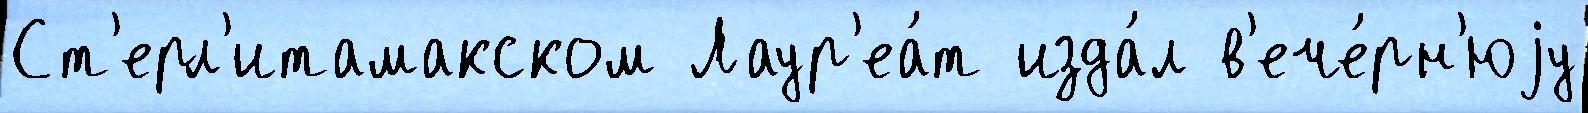
Ст'ерл'итамакском Лаур'еа́т изда́л в'ече́рн'юjу